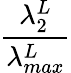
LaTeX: \frac{\lambda_{2}^{L}}{\lambda_{max}^{L}}